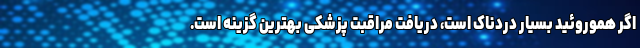
اگر هموروئید بسیار دردناک است، دریافت مراقبت پزشکی بهترین گزینه است.